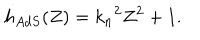
h _ { A d S } ( Z ) = { k _ { n } } ^ { 2 } Z ^ { 2 } + 1 .